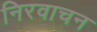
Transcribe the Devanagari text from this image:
निरवाचन